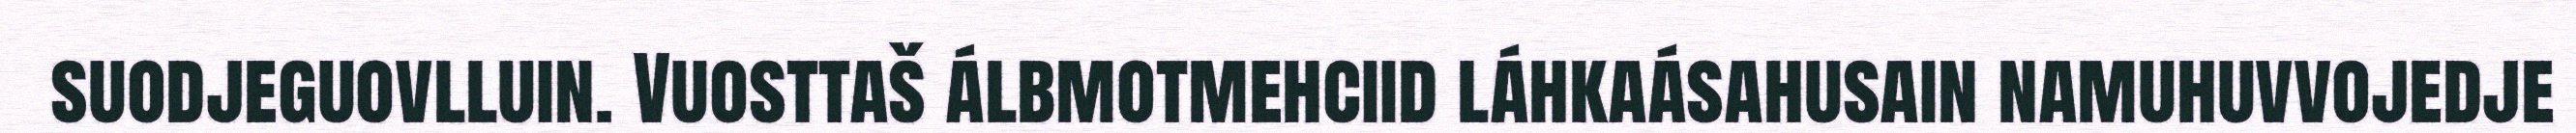
suodjeguovlluin. Vuosttaš álbmotmehciid láhkaásahusain namuhuvvojedje